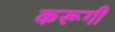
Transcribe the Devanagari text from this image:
करूगी